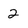
Character: 2